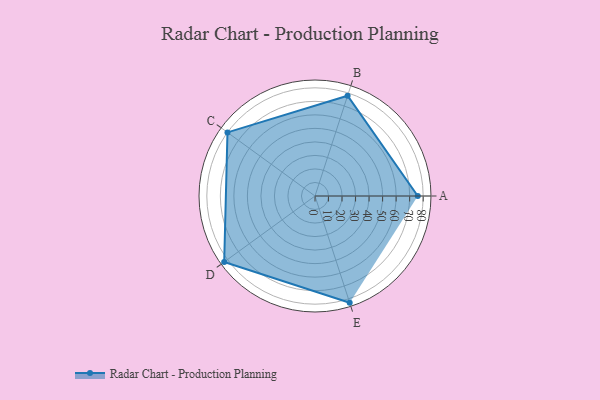
{"axis": {"x": "Skill", "y": "Score"}, "legend": ["Profile"], "data": [{"x": "A", "y": 76.0, "type": "Profile"}, {"x": "B", "y": 78.0, "type": "Profile"}, {"x": "C", "y": 80.0, "type": "Profile"}, {"x": "D", "y": 83.0, "type": "Profile"}, {"x": "E", "y": 83.0, "type": "Profile"}]}